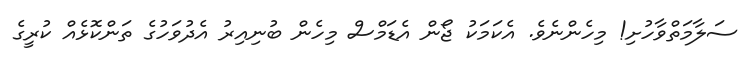
ސަލާމަތްވާހުށި! މިހެންނެވެ. އެކަމަކު ޖޯން އެޑަމްސް މިހެން ބުނިއިރު އެދުވަހުގެ ތަންކޮޅެއް ކުރީގެ